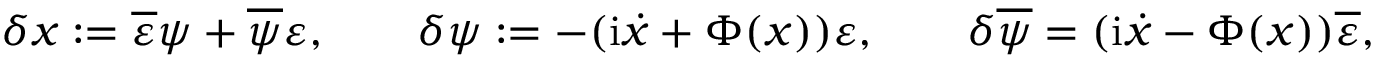
\delta x : = \overline { { { \varepsilon } } } \psi + \overline { { { \psi } } } \varepsilon , \qquad \delta \psi : = - ( \mathrm { i } \dot { x } + \Phi ( x ) ) \varepsilon , \qquad \delta \overline { { { \psi } } } = ( \mathrm { i } \dot { x } - \Phi ( x ) ) \overline { { { \varepsilon } } } ,